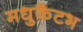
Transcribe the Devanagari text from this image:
मधुकैटभ